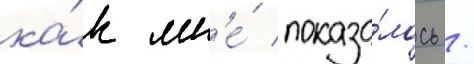
ка́к мн'е́ показа́лось /